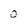
Character: 0